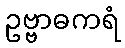
ဥဗ္ဗာဓကရံ